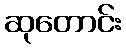
ဆုတောင်း